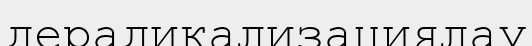
дерадикализациялау